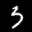
Label: 3